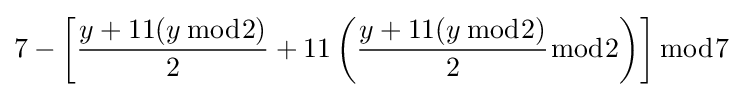
7-\left[{\frac {y+11(y\,{\bmod {2}})}{2}}+11\left({\frac {y+11(y\,{\bmod {2}})}{2}}{\bmod {2}}\right)\right]{\bmod {7}}